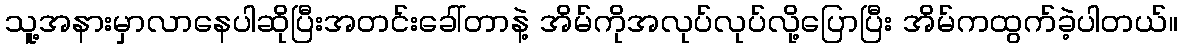
သူ့အနားမှာလာနေပါဆိုပြီးအတင်းခေါ်တာနဲ့ အိမ်ကိုအလုပ်လုပ်လို့ပြောပြီး အိမ်ကထွက်ခဲ့ပါတယ်။